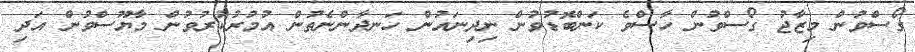
ގޯސްވުން މިޒާޖު ގޯސްވުން ހާސްވެ ކަންބޮޑުވުން ނިދިނައުން ހަނދާންނެތުން އުމުރުކުރުވުން މާޔޫސްވުން އަދި